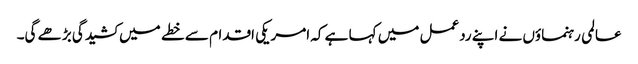
عالمی رہنماؤں نے اپنے ردعمل میں کہا ہے کہ امریکی اقدام سے خطے میں کشیدگی بڑھے گی۔